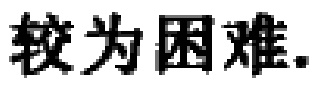
较为困难.